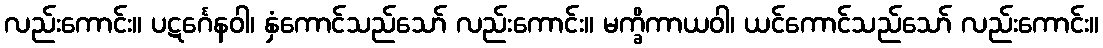
လည်းကောင်း။ ပဋင်္ဂေနဝါ၊ နှံကောင်သည်သော် လည်းကောင်း။ မက္ခိကာယဝါ၊ ယင်ကောင်သည်သော် လည်းကောင်း။